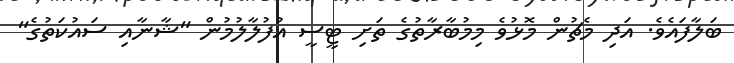
ބަލާފައެވެ. އަދި މެޗުން މޮޅުވެ މިމުބާރާތުގެ ތަށި ޓީސީ އުފުލާލުމުން "ޝާނާއި ސައުކަތުގެ"